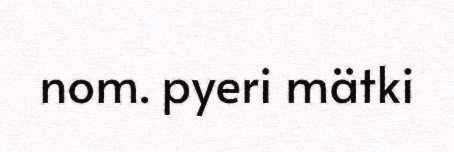
nom. pyeri mätki